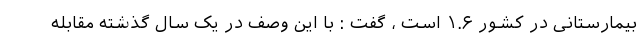
بیمارستانی در کشور ۱.۶ است ، گفت : با این وصف در یک سال گذشته مقابله